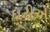
દાઢીએ